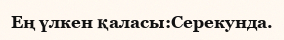
Ең үлкен қаласы:Серекунда.